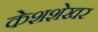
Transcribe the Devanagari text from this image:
केशशेखर